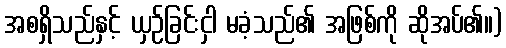
အစရှိသည်နှင့် ယှဉ်ခြင်းငှါ မခံ့သည်၏ အဖြစ်ကို ဆိုအပ်၏။)